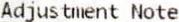
ADJUSTMENT NOTE